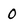
Character: 0